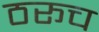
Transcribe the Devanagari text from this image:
ठरूच